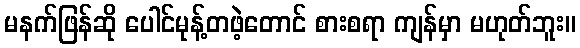
မနက်ဖြန်ဆို ပေါင်မုန့်တဖဲ့တောင် စားစရာ ကျန်မှာ မဟုတ်ဘူး။